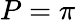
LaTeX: P=\pi